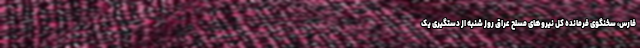
فارس، سخنگوی فرمانده کل نیروهای مسلح عراق روز شنبه از دستگیری یک